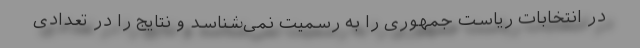
در انتخابات ریاست جمهوری را به رسمیت نمی‌شناسد و نتایج را در تعدادی